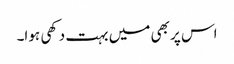
اس پر بھی میں بہت دکھی ہوا۔